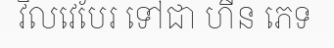
វិលវេបែរ ទៅជា ហីន ភេទ